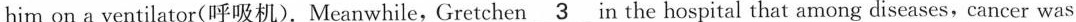
him on a ventilator(呼吸机).Meanwhile,Gretchen \underline{3} in the hospital that among diseases, cancer was